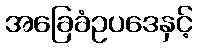
အခြေခံဥပဒေနှင့်